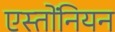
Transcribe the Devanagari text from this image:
एस्तोंनियन